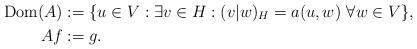
LaTeX: \begin{align*}{\rm Dom}(A)&:=\{u\in V:\exists v\in H:(v|w)_H=a(u,w)\ \forall w\in V\},\\Af&:=g.\end{align*}